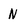
Character: N